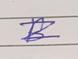
Signature authenticity: genuine